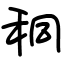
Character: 秱